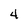
Character: 4